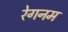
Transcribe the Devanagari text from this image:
रेगनम